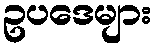
ဥပဒေများ